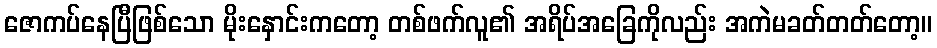
ဇောကပ်နေပြီဖြစ်သော မိုးနှောင်းကတော့ တစ်ဖက်လူ၏ အရိပ်အခြေကိုလည်း အကဲမခတ်တတ်တော့။